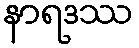
နာရဒဿ